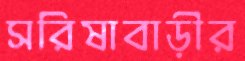
সরিষাবাড়ীর